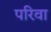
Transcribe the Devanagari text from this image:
परिवा